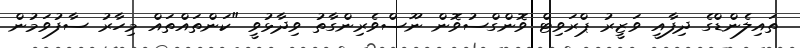
ތައިލެންޑްގެ ދިފާއީ ވަޒީރު ޕްރަވިޓް ވޮންގްސުވޮން ނޫސްވެރިންގާތު ވިދާޅުވީ "ކަންތައްތައް މިހާރު ސާފުވަމުން